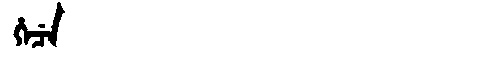
Manchu: ᡥᡝᠴᡝ
Romanization: HECE